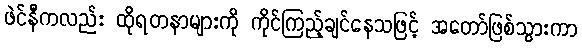
ဖဲင်နီကလည်း ထိုရတနာများကို ကိုင်ကြည့်ချင်နေသဖြင့် အတော်ဖြစ်သွားကာ